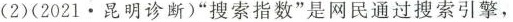
(2)(2021 · 昆明诊断)”搜索指数”是网民通过搜索引擎，